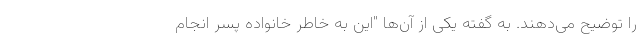
را توضیح می‌دهند. به گفته یکی از آن‌ها "این به خاطر خانواده پسر انجام